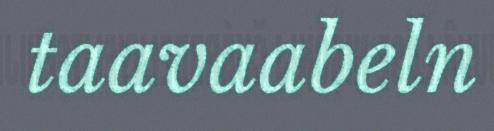
taavaabeln